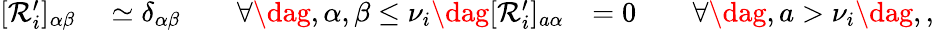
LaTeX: \begin{array}{rlr}{[\mathcal{R}_{i}^{\prime}]_{\alpha\beta}}&{{}\simeq\delta_{\alpha\beta}\qquad\forall\dag,\alpha,\beta\leq\nu_{i}\dag[\mathcal{R}_{i}^{\prime}]_{a\alpha}}&{=0\qquad\forall\dag,a>\nu_{i}\dag,,}\end{array}